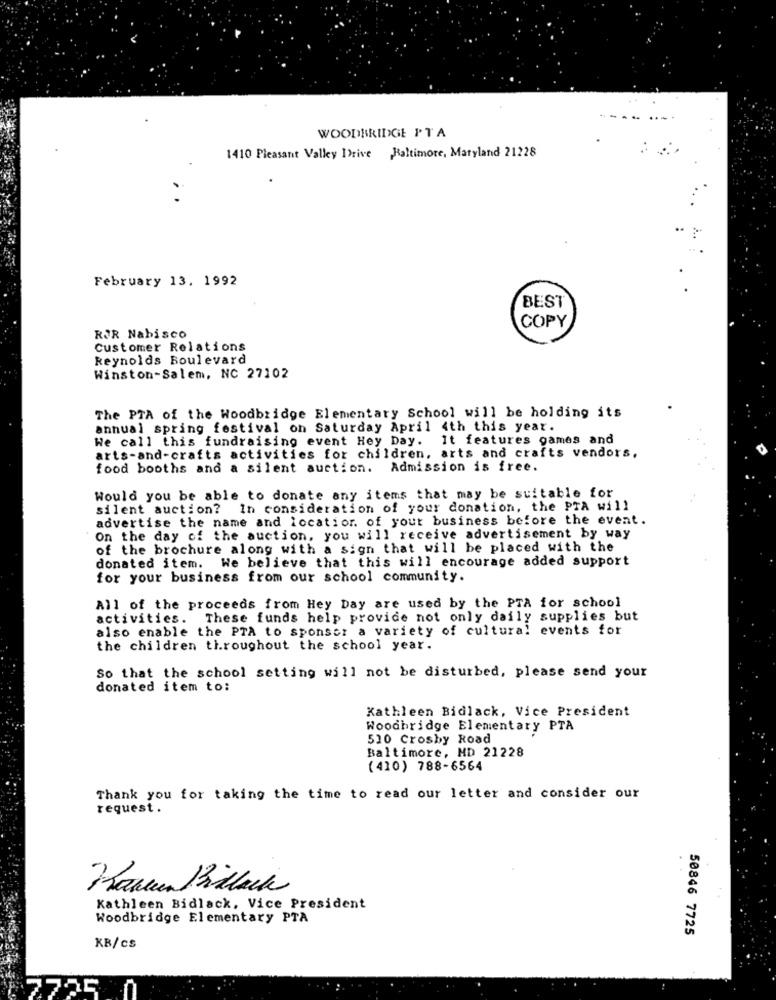
WOODBRIDGE PTA
1410 Pleasant Valley Drive Baltimore, Maryland 21228
February 13. 1992
BEST
COPY
ROR Nabisco
Customer Relations
Reynolds Boulevard
Winston-Salem, NC 27102
The PTA of the Woodbridge Elementary School will be holding its
annual spring festival on Saturday April 4th this year.
We call this fundraising event Hey Day. It features games and
arts-and-crafts activities for children, arts and crafts vendors,
food booths and a silent auction. Admission is free.
Would you be able to donate any items that may be suitable for
silent auction? In consideration of your donation, the PTA will
advertise the name and location. of your business before the event.
On the day of the auction, you will receive advertisement by way
of the brochure along with a sign that will be placed with the
donated item. We believe that this will encourage added support
for your business from our school community.
All of the proceeds from Hey Day are used by the PTA for school
activities.
These funds help provide not only daily supplies but
also enable the PTA to sponsor a variety of cultural events for
the children throughout the school year.
So that the school setting will not be disturbed, please send your
donated item to:
Kathleen Bidlack, Vice President
Woodbridge Elementary PTA
510 Crosby Road
Baltimore, MD 21228
(410) 788-6564
Thank you for taking the time to read our letter and consider our
request.
Kathleen Bidlack, Vice President
Woodbridge Elementary PTA
50846 7725
KB/cS